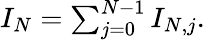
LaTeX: \begin{array}{r}{I_{N}=\sum_{j=0}^{N-1}I_{N,j}.}\end{array}